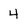
Character: 4